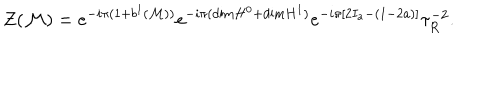
Z ( { \cal M } ) = e ^ { - i \pi ( 1 + b ^ { 1 } ( { \cal M } ) ) } e ^ { - i \pi ( \mathrm { d i m } H ^ { 0 } + \mathrm { d i m } H ^ { 1 } ) } e ^ { - i \pi [ 2 I _ { a } - ( 1 - 2 a ) ] } { \tau } _ { R } ^ { - 2 } .